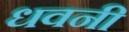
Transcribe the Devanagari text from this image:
धवनी